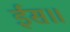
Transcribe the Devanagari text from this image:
ईस॥